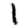
Digit: 1